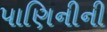
પાણિનીની